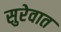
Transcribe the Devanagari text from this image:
सुरेवात